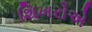
શિખરોએ